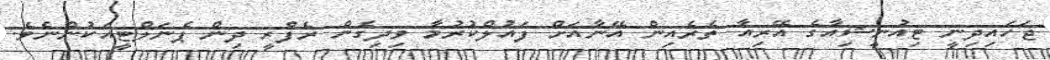
ޖަހައިދިނީ ޓިއުނީޝިއާގެ އޭރިއާ ތެރެއިން އޭނާއަށް ފައުލްކުރުމާ ވިދިގެން ރެފްރީ ދިން ޕެނަލްޓީއަކުންނެވެ.